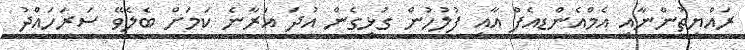
ރައްޔިތުންނާއި އެމްއެންޑީއެފް އާއި ފުލުހުން ގުޅިގެން އުދަ އަރާނެ ކަމަށް ބެލެވޭ ސަރަހައްދު